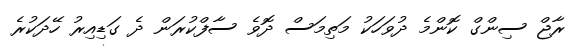
ރާޖް ސިންގް ކޮންމެ ދުވަހަކު މަތިމަސް ދޮވެ ސާފްކުރަން ދެ ގަޑިއިރު ހޭދަކުރެ